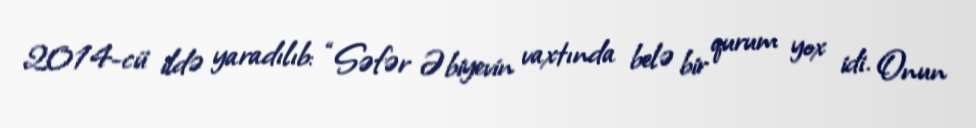
2014-cü ildə yaradılıb: “Səfər Əbiyevin vaxtında belə bir qurum yox idi. Onun